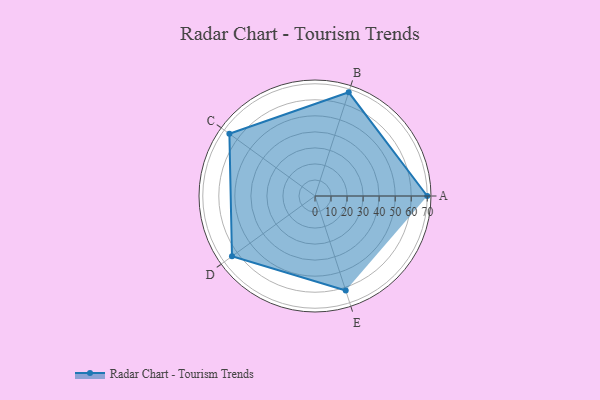
{"axis": {"x": "Skill", "y": "Score"}, "legend": ["Profile"], "data": [{"x": "A", "y": 70.0, "type": "Profile"}, {"x": "B", "y": 68.0, "type": "Profile"}, {"x": "C", "y": 66.0, "type": "Profile"}, {"x": "D", "y": 64.0, "type": "Profile"}, {"x": "E", "y": 62.0, "type": "Profile"}]}